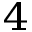
_ 4